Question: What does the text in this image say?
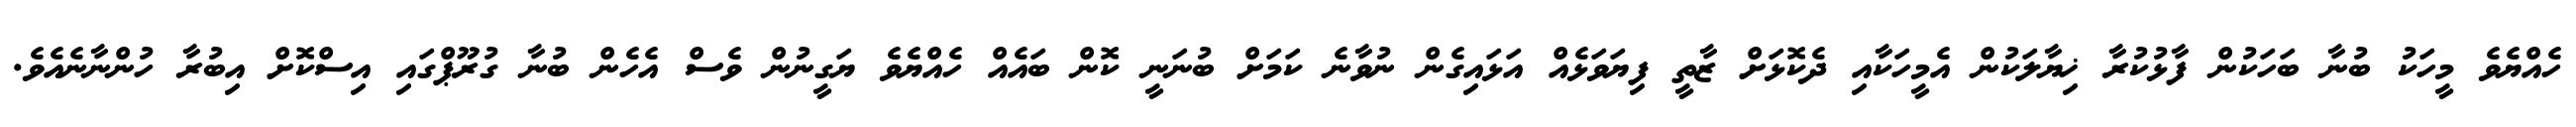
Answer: ހެއްޔެވެ މީހަކު ބުނާ ބަހަކުން ފާޅުކުރާ ޚިޔާލަކުން އެމީހަކާއި ދެކޮޅަށް ޒާތީ ފިޔަވަޅެއް އަޅައިގެން ނުވާނެ ކަމަށް ބުނަނީ ކޮން ބައެއް ހެއްޔެވެ ޔަގީނުން ވެސް އެހެން ބުނާ ގުރޫޕްގައި އިސްކޮށް އިބުރާ ހުންނާނެއެވެ.